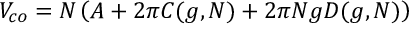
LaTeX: V _ { c o } = N \left( A + 2 \pi C ( g , N ) + 2 \pi N g D ( g , N ) \right)